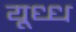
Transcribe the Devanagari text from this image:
यूध्ध